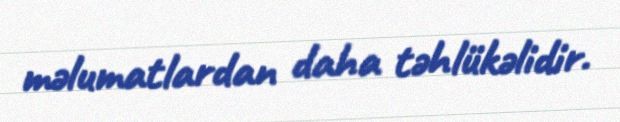
məlumatlardan daha təhlükəlidir.